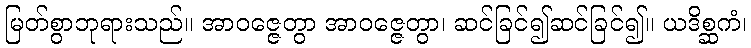
မြတ်စွာဘုရားသည်။ အာဝဇ္ဇေတွာ အာဝဇ္ဇေတွာ၊ ဆင်ခြင်၍ဆင်ခြင်၍။ ယဒိစ္ဆကံ၊